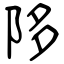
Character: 陊